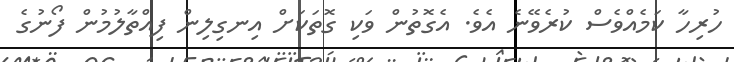
ހުރިހާ ކަމެއްވެސް ކުރެވޭނެ އެވެ. އެގޮތުން ވަކި ގޮތަކަށް އިނގިލިން ފިއްތާލުމުން ފޯނުގެ